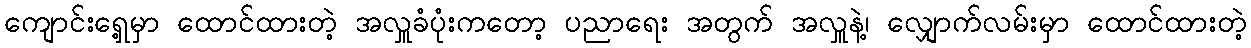
ကျောင်းရှေ့မှာ ထောင်ထားတဲ့ အလှူခံပုံးကတော့ ပညာရေး အတွက် အလှူနဲ့၊ လျှောက်လမ်းမှာ ထောင်ထားတဲ့